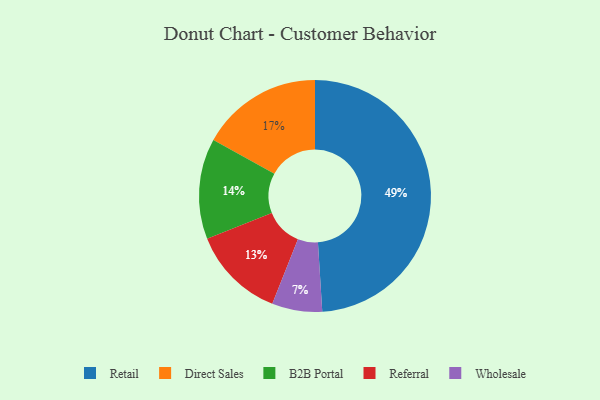
{"axis": {"x": "Category", "y": "Percentage"}, "legend": ["B2B Portal", "Direct Sales", "Referral", "Retail", "Wholesale"], "data": [{"x": "B2B Portal", "y": 14, "type": "B2B Portal"}, {"x": "Referral", "y": 13, "type": "Referral"}, {"x": "Wholesale", "y": 7, "type": "Wholesale"}, {"x": "Retail", "y": 49, "type": "Retail"}, {"x": "Direct Sales", "y": 17, "type": "Direct Sales"}]}